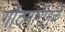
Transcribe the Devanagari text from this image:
गोटमारीमुळे